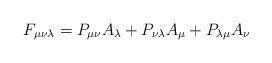
LaTeX: \begin{align*}F_{\mu \nu \lambda }=P_{\mu \nu }A_{\lambda }+P_{\nu \lambda }A_{\mu}+P_{\lambda \mu }A_{\nu } \end{align*}